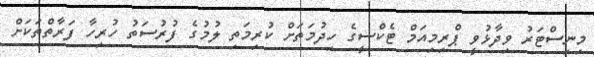
މިނިސްޓަރު ވިދާޅުވީ ޕްރިމިއަމް ޓެކްސީގެ ހިދުމަތަށް ކުރިމަތި ލުމުގެ ފުރުސަތު ހުރިހާ ފަރާތްތަކަށް